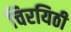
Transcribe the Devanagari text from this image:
चिरयिठी